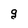
Character: g